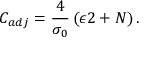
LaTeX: C _ { a d j } = \frac { 4 } { \sigma _ { 0 } } \left( \epsilon 2 + N \right) .